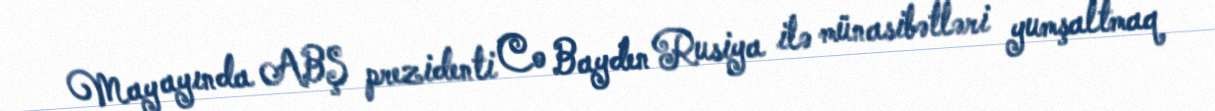
May ayında ABŞ prezidenti Co Bayden Rusiya ilə münasibətləri yumşaltmaq